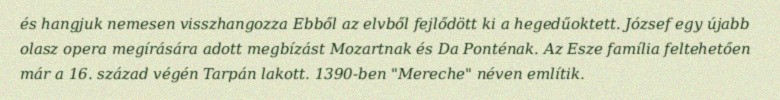
és hangjuk nemesen visszhangozza Ebből az elvből fejlődött ki a hegedűoktett. József egy újabb olasz opera megírására adott megbízást Mozartnak és Da Ponténak. Az Esze família feltehetően már a 16. század végén Tarpán lakott. 1390-ben "Mereche" néven említik.